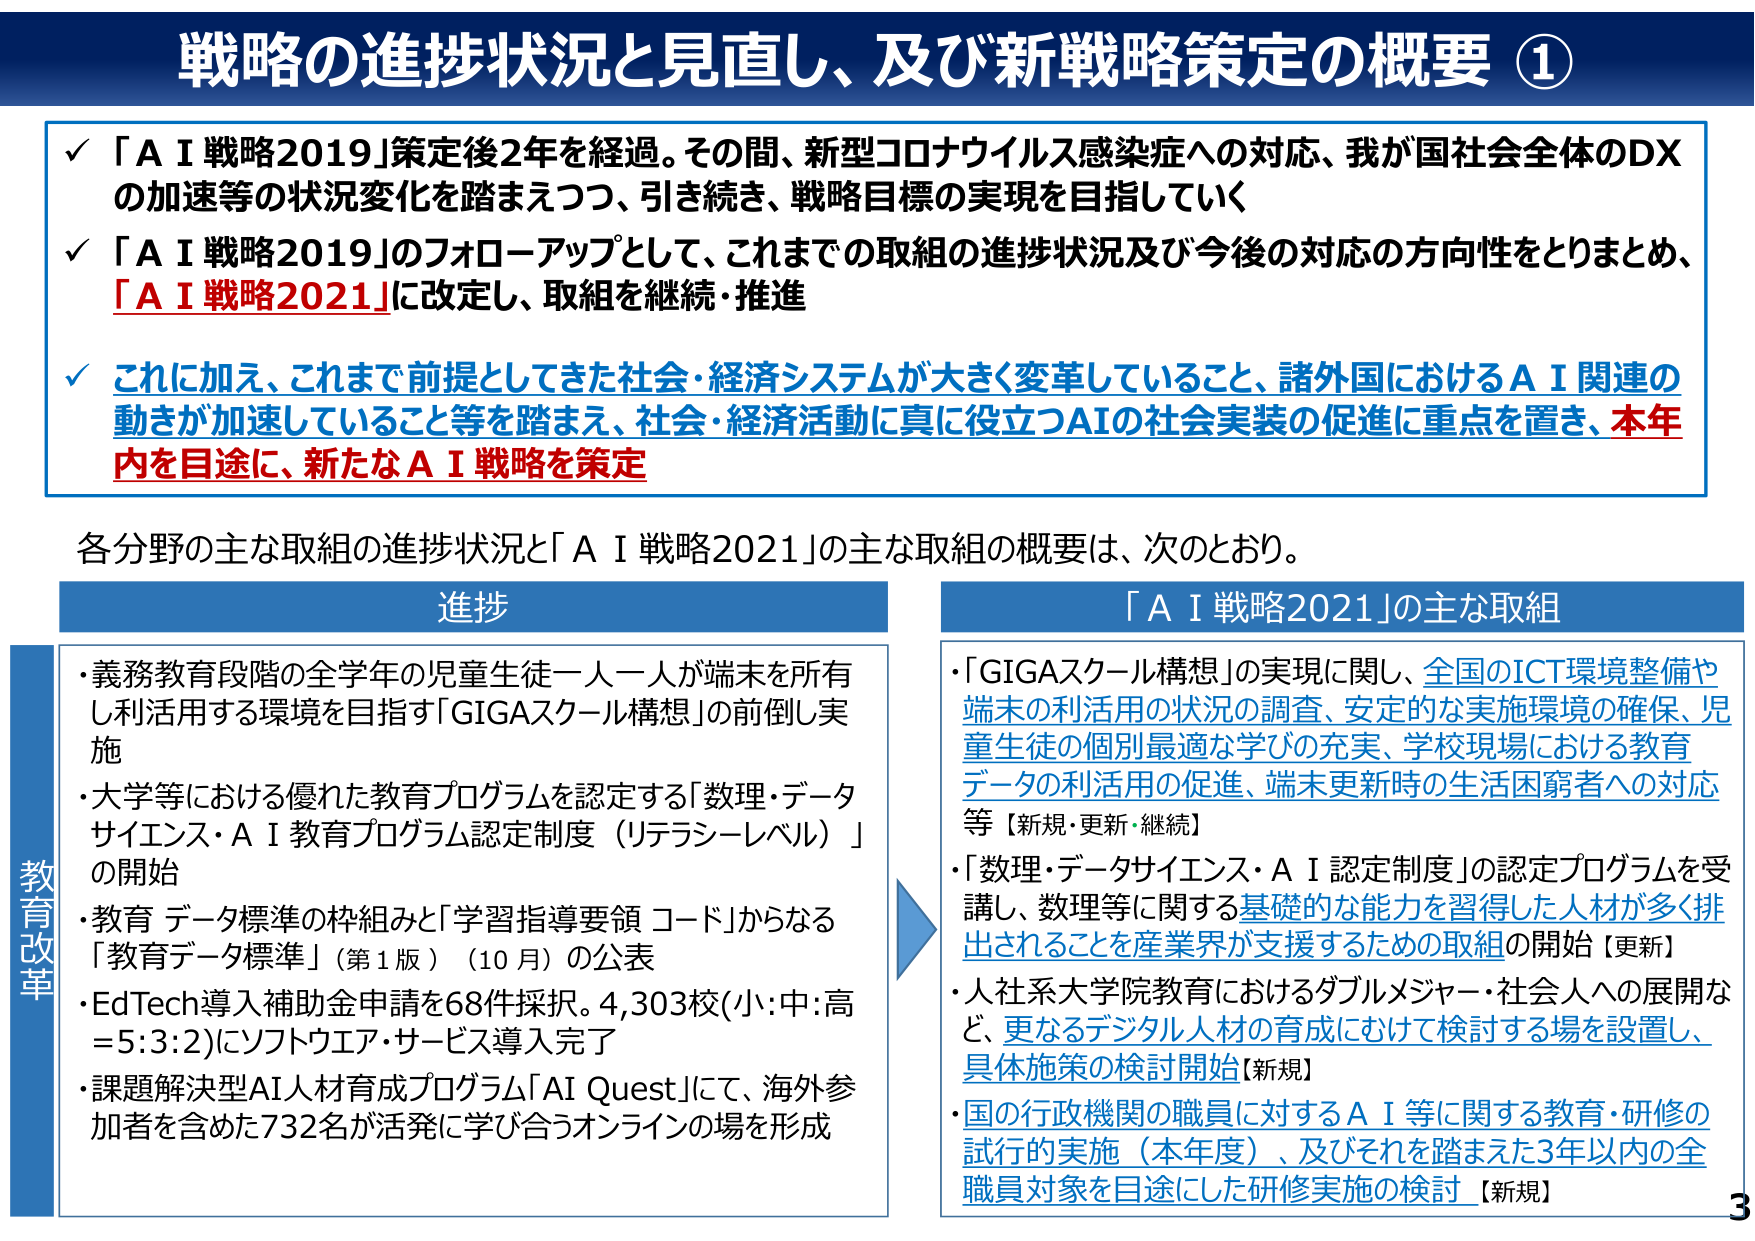
戦略の進捗状況と見直し、及び新戦略策定の概要 ①

✓ 「ＡＩ戦略2019」策定後2年を経過。その間、新型コロナウイルス感染症への対応、我が国社会全体のDXの加速等の状況変化を踏まえつつ、引き続き、戦略目標の実現を目指していく

✓ 「ＡＩ戦略2019」のフォローアップとして、これまでの取組の進捗状況及び今後の対応の方向性をとりまとめ、「ＡＩ戦略2021」に改定し、取組を継続・推進

✓ これに加え、これまで前提としてきた社会・経済システムが大きく変革していること、諸外国におけるＡＩ関連の動きが加速していること等を踏まえ、社会・経済活動に真に役立つAIの社会実装の促進に重点を置き、本年内を目途に、新たなＡＩ戦略を策定

各分野の主な取組の進捗状況と「ＡＩ戦略2021」の主な取組の概要は、次のとおり。

進捗

・義務教育段階の全学年の児童生徒一人一人が端末を所有し利活用する環境を目指す「GIGAスクール構想」の前倒し実施

・大学等における優れた教育プログラムを認定する「数理・データサイエンス・ＡＩ教育プログラム認定制度（リテラシーレベル）」の開始

・教育データ標準の枠組みと「学習指導要領 コード」からなる「教育データ標準」（第1版）（10月）の公表

・EdTech導入補助金申請を68件採択。4,303校（小:中:高＝5:3:2）にソフトウエア・サービス導入完了

・課題解決型AI人材育成プログラム「AI Quest」にて、海外参加者を含めた732名が活発に学び合うオンラインの場を形成

「ＡＩ戦略2021」の主な取組

・「GIGAスクール構想」の実現に関し、全国のICT環境整備や端末の利活用の状況の調査、安定的な実施環境の確保、児童生徒の個別最適な学びの充実、学校現場における教育データの利活用の促進、端末更新時の生活困窮者への対応等【新規・更新・継続】

・「数理・データサイエンス・ＡＩ認定制度」の認定プログラムを受講し、数理等に関する基礎的な能力を習得した人材が多く排出されることを産業界が支援するための取組の開始【更新】

・人社系大学院教育におけるダブルメジャー・社会人への展開など、更なるデジタル人材の育成にむけて検討する場を設置し、具体施策の検討開始【新規】

・国の行政機関の職員に対するＡＩ等に関する教育・研修の試行的実施（本年度）、及びそれを踏まえた3年以内の全職員対象を目途にした研修実施の検討【新規】

教育改革

3